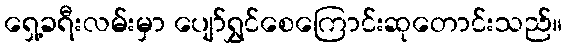
ရှေ့ခရီးလမ်းမှာ ပျော်ရွှင်စေကြောင်းဆုတောင်းသည်။